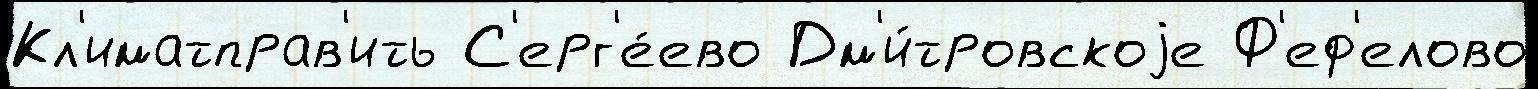
Кл'иматправ'ить С'ерг'е́ево Дм'и́тровскоjе Ф'еф'елово